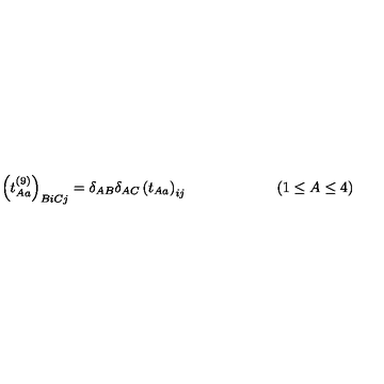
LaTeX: \left( t _ { A a } ^ { ( 9 ) } \right) _ { B i C j } = \delta _ { A B } \delta _ { A C } \left( t _ { A a } \right) _ { i j } \qquad \qquad \qquad ( 1 \leq A \leq 4 ) \qquad \qquad \qquad \quad